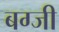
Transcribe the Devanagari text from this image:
बग्जी